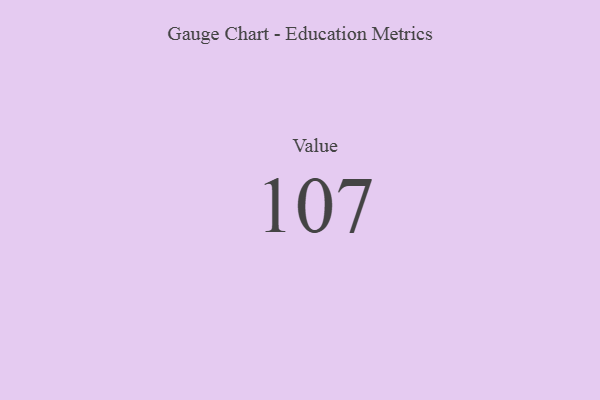
{"axis": {"x": "Metric", "y": "Value"}, "legend": [""], "data": [{"x": "Value", "y": 107, "type": ""}]}